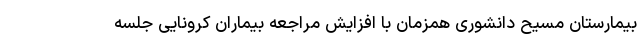
بیمارستان مسیح دانشوری همزمان با افزایش مراجعه بیماران کرونایی جلسه